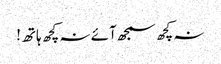
نہ کچھ سمجھ آئے نہ کچھ ہاتھ!